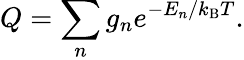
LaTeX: Q=\sum_{n}g_{n}e^{-E_{n}/k_{\mathrm{B}}T}.